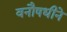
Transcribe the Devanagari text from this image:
वनौषधीने